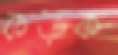
কড়ক